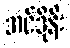
အင်ဒိုနီး